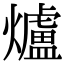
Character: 爐